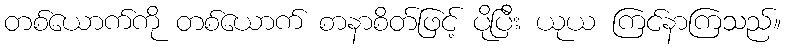
တစ်ယောက်ကို တစ်ယောက် စာနာစိတ်ဖြင့် ပိုပြီး ယုယ ကြင်နာကြသည်။